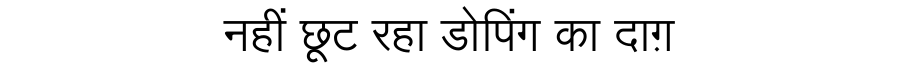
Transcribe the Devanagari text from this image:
नहीं छूट रहा डोपिंग का दाग़